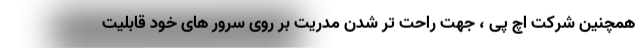
همچنین شرکت اچ پی ، جهت راحت تر شدن مدریت بر روی سرور های خود قابلیت